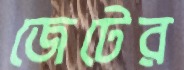
জেটের